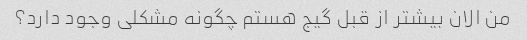
من الان بیشتر از قبل گیج هستم چگونه مشکلی وجود دارد؟